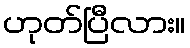
ဟုတ်ပြီလား။